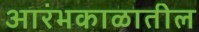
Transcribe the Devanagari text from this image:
आरंभकाळातील